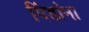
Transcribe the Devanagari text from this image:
पिंडांना